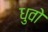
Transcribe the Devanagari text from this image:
धुवो